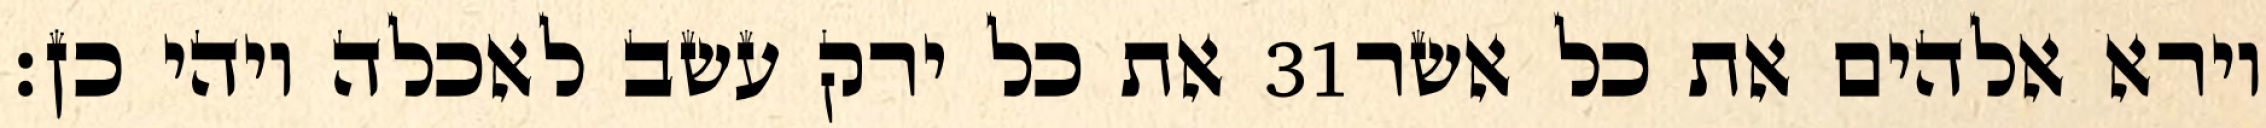
את כל ירק עשב לאכלה ויהי כן׃ ‎31‏ וירא אלהים את כל אשר